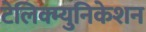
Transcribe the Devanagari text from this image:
टेलिक्म्युनिकेशन